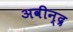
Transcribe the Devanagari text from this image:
अवीन्द्र